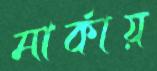
মার্কায়